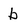
Character: b